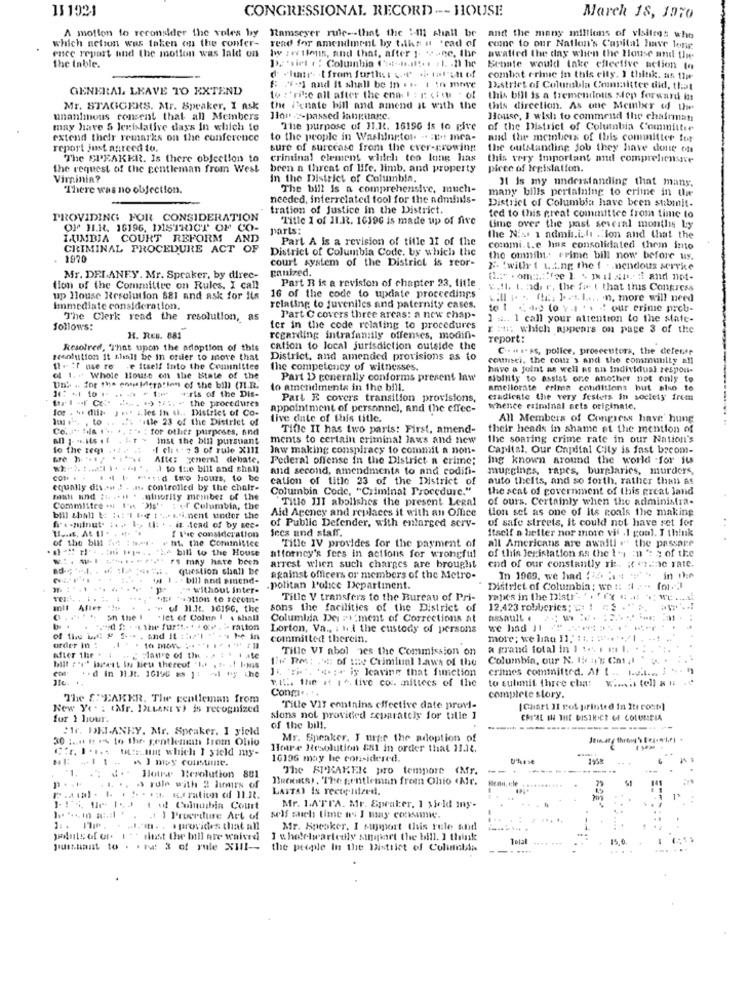
13 1921
CONGRESSIONAL RECORD --- HOUSE
March 18, 1970
A motion to reconsider the voles by Ramseyer rule -- that the 1-111 shall be
which netson was taken on the confer-
read for amendment by t.ths n 'cad of
and the many millions of visitees who
enec repart and the motion was lald on
conc to our Nation's Capital have lenir
lw : wi 1lens, and that, after 1- wane, Ihr
awatied the day when the House und time.
the Inble.
Senate would take cfleelive action to
d .luar (from further
combat crime in this elly. I think. as the
GENERAL LEAVE TO EXTEND
8: 2-1 and it shall be in .s. I in mowe
District of Columbia Committee did, that
to : 'rife all after the ennl : 1 citu . of
this bill is a tremendous step forward iss
Mr. STAGGERS. Mr. Speaker, I ask
the Penate bill and amend it with the
this dircelian. As one Member of the
unanimous consent that all Members
Hlou-2-passed laneharc.
House, I wish to commend the chairman
may have 5 legislative days in which to
The purpose of 11.1. 16196 is to give
of the District of Columbia Committee
extend their remarks on the conference
to the people in Washington -. : we! mca-
and the members of this committee for
report just agreed to.
sure of surcease from the ever-growing
the outstanding Job they have done on
The SPEAKER. Is there objection to
criminal clement which tes long has
this very Important and compreliensve
the request of the gentleman from West
been a threat of life, limb, and property
piece of legislation.
Virninin?
In the District of Columbia,
31 is my understanding that many.
There was no objection.
The bill is a comprehensive, much-
many bills pertaining to crime in die
needed, interrelated tool for the adiminis-
District of Columbia have been submit-
tration of Justice in the District.
PROVIDING FOR CONSIDERATION
"Title 1 of II.R. 10196 is made up of fire
ted to this great committee from time to
Off HI.R. 16196, DISTRICT OF CO-
parts:
time over the past several months Ly
LUMBIA COURT REFORM AND
Part A is a revision of title II of the
the Nix 1 admi.i.f1 . ion and that the
CRIMINAL PROCEDURE ACT OF
District of Columbia Code, by which the
commi.L.e hans consolidated them into
1970
court system of the District is reor-
the omnib. crime bill now before us.
ganized.
X- 'willrt t.t.ng the f - . nendous service
Mr. DELANEY. Mr. Speaker, by direc-
Part R is a revision of chapter 23, title
(1:" . oma:"fce ] > pil ar fi and not-
tion of the Committee on Rules. I call
E.fl. t. adir. the fat that this Congress
up House Resolution 681 and ask for Its
16 of the code to update proceedings
Will pos (E. ] et L .... n, more will need
Immediate consideration.
relating to juveniles and paternity cases.
to 1 (+) (o vI ' . " our crime prob-
The Clerk read the resolution, as
Part C covers three arcas: a new chap-
1 =.. 1 call your attention to the state-
follows:
ter in the code relating to procedures
r :: which appears on page 3 of the
H. RES. 881
regarding intrafan:ily offenses, modifi-
report :
kesofred, 'That upon the adoption of this
cation to local jurisdiction outside the
C .. . .- ss, police, prosecutors, the defense
Nesolution it shall be in order to move that
District, and amended provisions as to
counsel, the cour's and the community a!
It. ; I use re .e itself Into the Committee
the competency of witnesses.
have a joint as well as an Individual respon-
of 1. " Whole House on the State of the
Part D generally conforms present law
sibility to assist one another not only to
Un' .. for the ente lleration of the bill (71.R.
lo amendments in the bill.
ameliorate crime conditions but also to
ftr I .( Co 2. 1 1. the procedures
It: + to . .. . . als of the Dis-
Part E covers transition provisions,
eradicate the very festers in society frem
for . he dila. J .v. a.les In &h .. District of Co-
appointment of personnel, and the effec-
whence criminal acts originale,
Im: . ". , to .. .. 'itle 23 of the District of
tive date of this title.
All Members of Congress have' hung
Co. a" !la ... .. "". : for other purposes, and
Tifle II has two paris: First, amend-
their heads in shame at the mention of
Inst the bill pursuant
ments to certain criminal laws and new
the soaring crime rate in our Nation's
fo the teq1 ....
.I ch & # 3 of rule XIII
Jaw making conspiracy to commit a non-
Capital. Our Capital City is fast becom-
Afte: general debate.
Pederal offense in the District a crime;
ing known around the world for its
A to fue bill and shall
and second, amendments to and codifi-
muggings, rapes, burglaries, murders,
.4 5 And two hours, to be
cation of title 23 of the District of
auto theits, and so forth, rather than at
equally dis +# 2 . 3. controlled by the chair-
Columbia Code, "Criminal Procedure."
the seat of government of this great land
mati sind ;i .. .. . . minority member of the
Titio III abolishes the present Legal
of ours. Certainly when the administra-
Committee .1 1'. ">s'
of Columbia, the
Aid Ageney and replaces it with an Office
tion set as one of its coals the making
bill shall &: :: 1 1-4 1 - Li.nent under the
of Public Defender, with enlarged serv-
of safe streets, it could not have set for
. .
ha-minut. iva I -, the . . in Acad of by sec-
f the consideration
Secs and staff.
Itself a better nor more vit .1 goal. I think
of the bill fit : 1. . . nt. the Committee
Title IV provides for the payment of
all Americans are awalli . the passare
12 H.i . bill to the House
of this legislation as the Ies in ': $ of the
rs may have been
attorney's fers in actions for wrongful
ad.
question shall be
arrest when such charges are brought
cnd of our constantly ri :. ; ).e rate.
bill and omend-
against officers or members of the Metro-
In 1969, we had 114 14 " in the
" without inter-
.politan Police Department.
District of Columbia; wet: # :" for ?!
union to recom-
Tille V transfers to the Bureau of Pri-
rapes in the Diatr"-
Ill After
'" u IL.Rt. 16196, the
sons the facilities of the District of
12,423 robberies : :
on the I
"Ict of Colun I & shall
Columlda Dei Pi ment of Corrections at
assault
Lorton, Va ., : 1. 1 the custody of persons
we had JI
order In :
committed therein.
more; we lian 11," ::. : 1 ... ... |
Tille VI abol nes the Commission on
a grand total in 1 :. . .. l.
ALCY the .
BF PM: 24: of :: Chimlual Laws of the
Columbia, our N. Iien's Cat ,I
co . d in HiHt. 10196 =s ]: - 1 ty the
bill t'a" jarest In lieu thereof 'It . . .! I-NSS
J\ "w". **.: + iy leaving that function
crimes committed. At ( .. Le .... ] " - "
TILL the it 1 ^. tive co .. mittees of the
to sulmmit three ela:
Conma .. ..
The f: BAKER. The gentleman from
complete story.
New Yes: (Mr. ILLANE Y) is recognized
Tille VIT contains effective date provi-
[ Chart Il rol printed in Itt coco]
fur } lour.
sions not provided separately for tille I
CRIAL HH THE DISTRICT OF COLUMBIA
:Ir. DELANEY, Mr. Speaker. I yield
of the bill.
---- -
--------...
30 :... # 14 to the- gentleman From Ohio
Mr. Speaker. I urer the adoption of
C'r. I . f.mut which I yield my-
Here Resolution Es1 in order that 11.at.
16196 may be considered.
:1.
The SPEAKER pro tempore
IMT. -- +
..
Hourwe Resolution 881
Deconter. The gentleman from Ohio Ar.
's rule with 2 lumrs of
LASTAY Is reete Hdized.
tol Cuinubia Court
Mr. LATTA. Mr. Spraler, 1 yield iny.
.1 ) Procedure Art of
... "It. . . provides that all
Mr. Speaker, I support this rule and
minst the bill are waived
I wholeheartedly singpart the bill. I think
1Dlal
15.0
pursuant to . . t: 3 of rule XIII --
the people In the District of Columbia